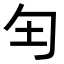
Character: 𫧀